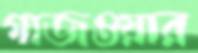
গাজওয়ার